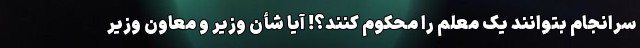
سرانجام بتوانند یک معلم را محکوم کنند؟! آیا شأن وزیر و معاون وزیر